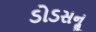
ડોડસનૢ